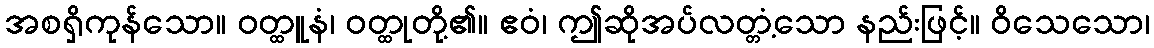
အစရှိကုန်သော။ ဝတ္ထူနံ၊ ဝတ္ထုတို့၏။ ဧဝံ၊ ဤဆိုအပ်လတ္တံ့သော နည်းဖြင့်။ ဝိသေသော၊